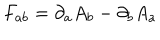
F _ { a b } = \partial _ { a } A _ { b } - \partial _ { b } A _ { a }